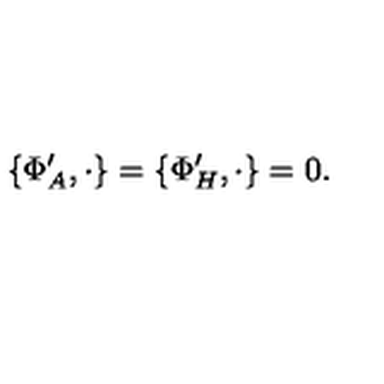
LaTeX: \{ \Phi _ { A } ^ { \prime } , \cdot \} = \{ \Phi _ { H } ^ { \prime } , \cdot \} = 0 .